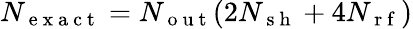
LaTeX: N_{\mathrm{~e~x~a~c~t~}}=N_{\mathrm{~o~u~t~}}(2N_{\mathrm{~s~h~}}+4N_{\mathrm{~r~f~}})